Leningradi_Edasi_toimetus, lk 7
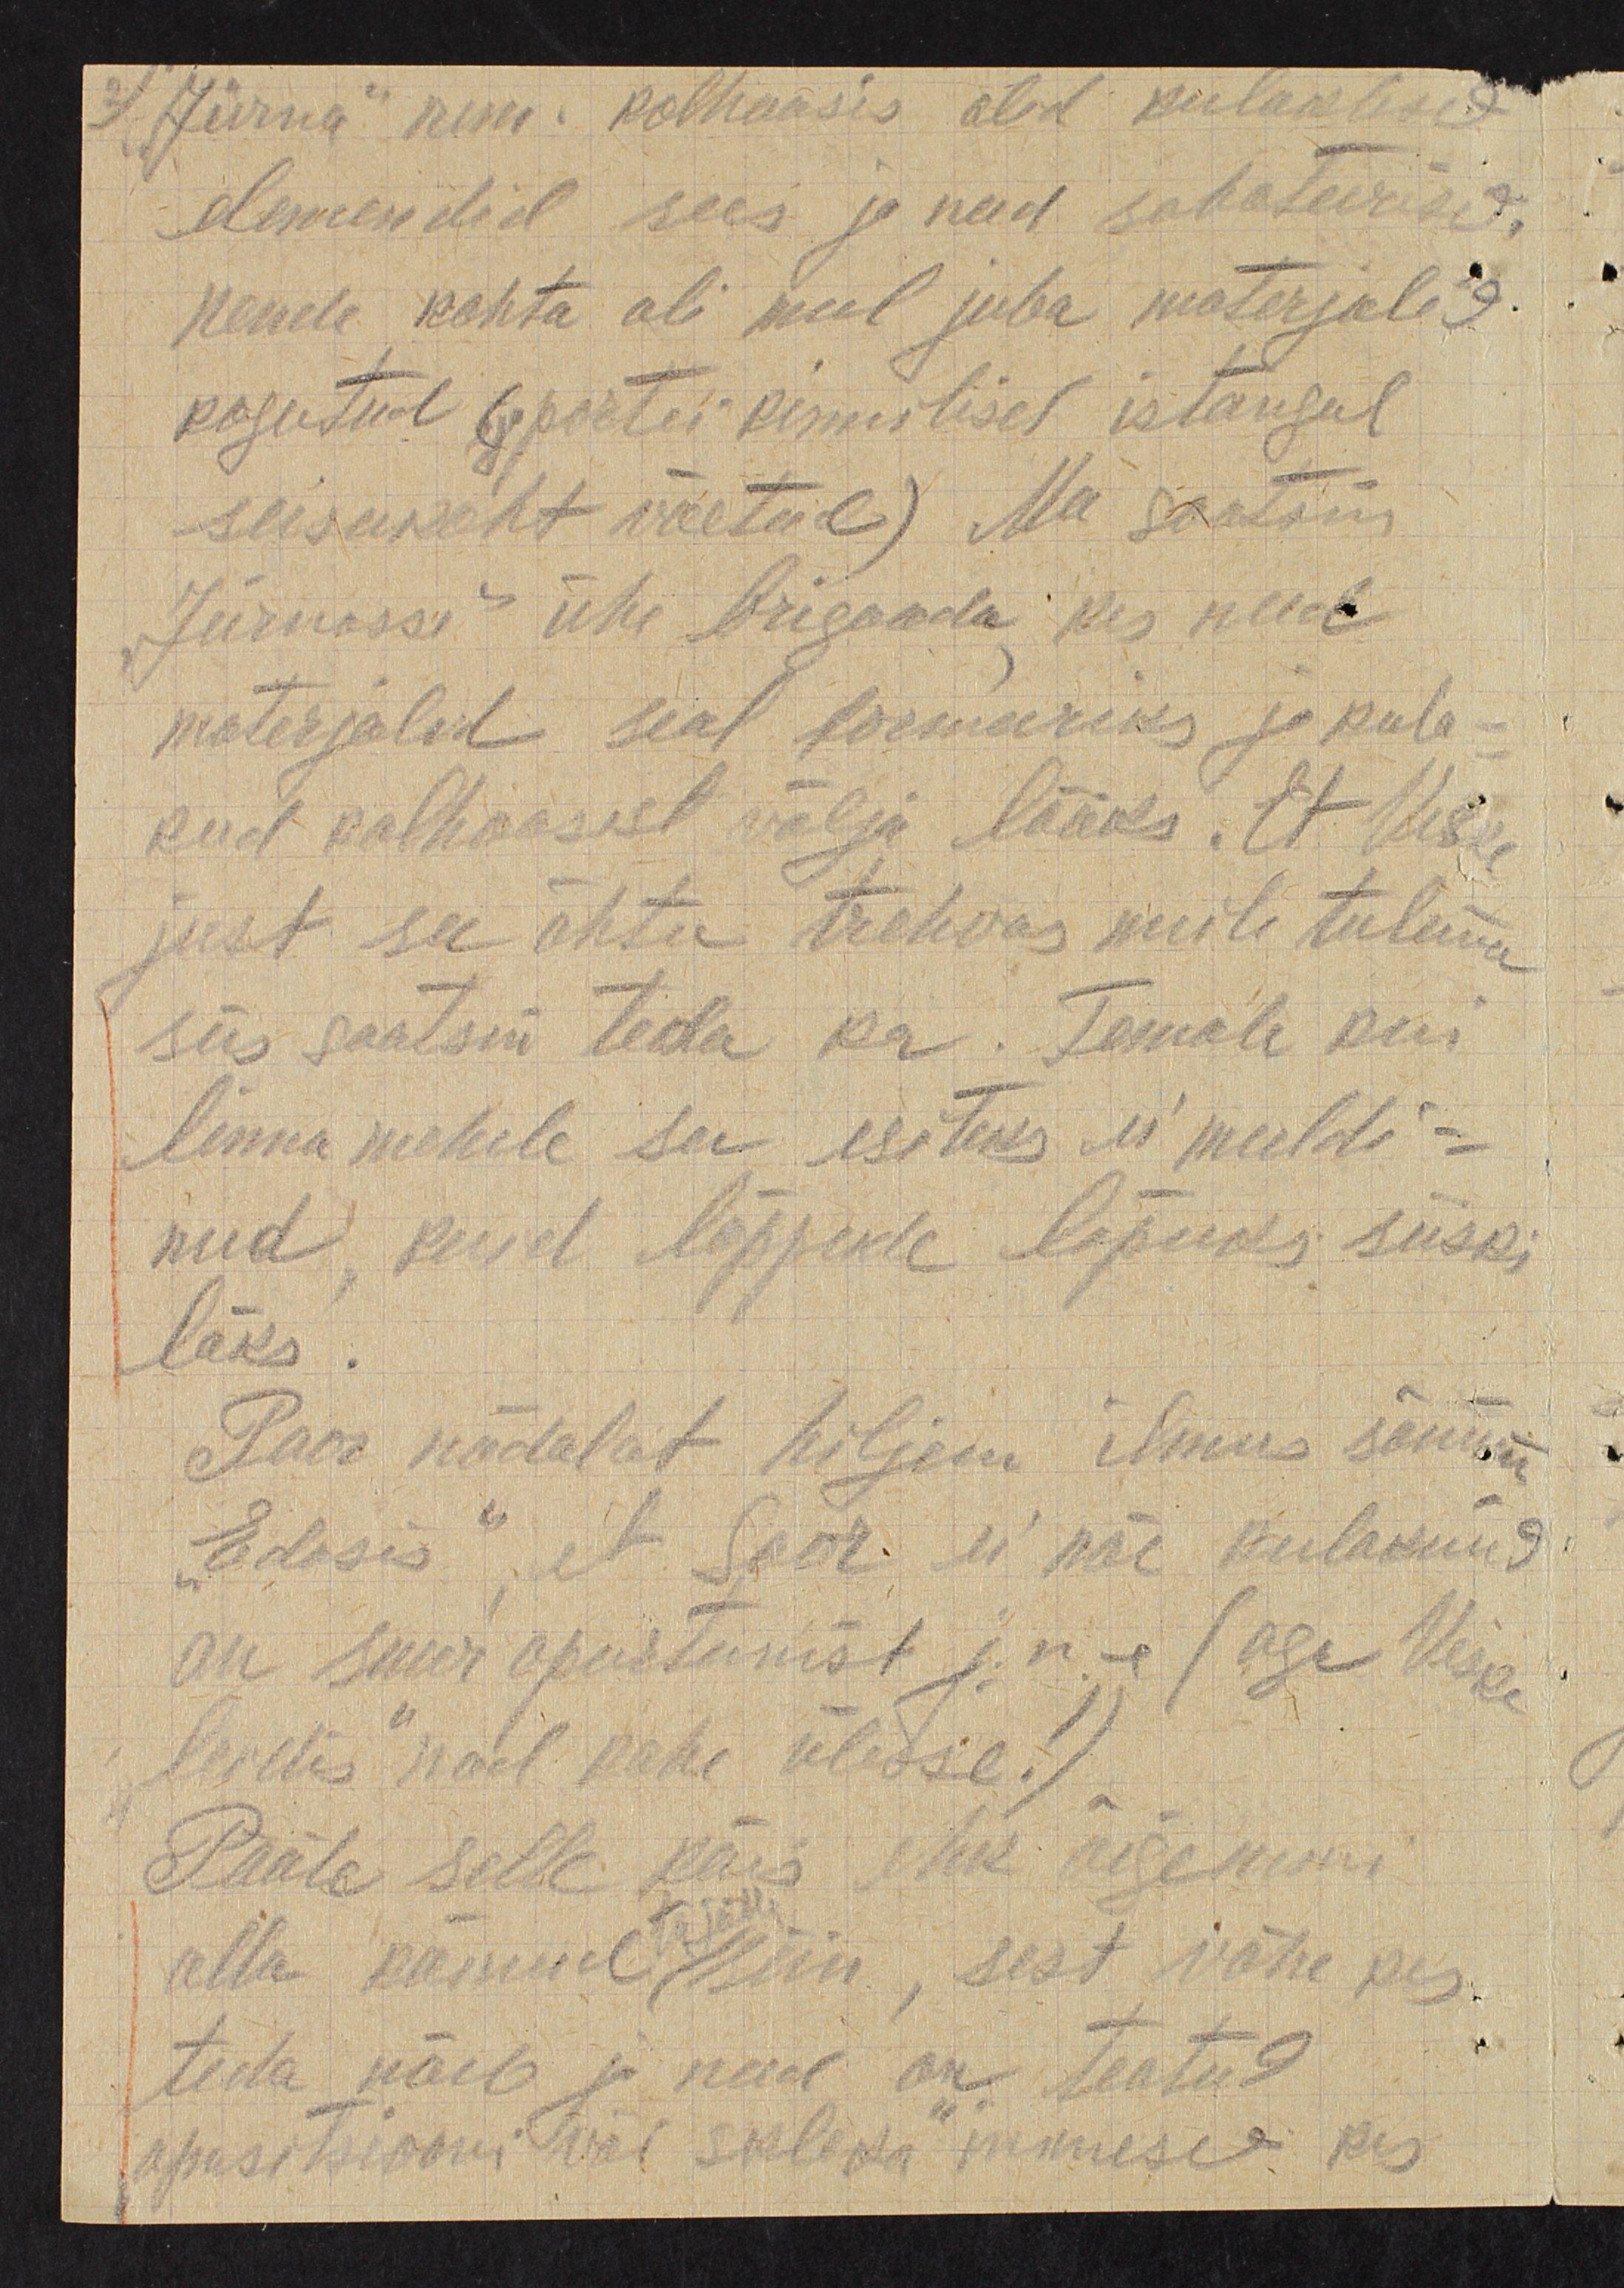
2.) " Jürna" nim. kolhoosis olid kulaklised
elemendid sees ja need saboteerisid
nende kohta oli mul juba materjalid
kogutud (partei kinnisel istungil
seisukoht võetud) Ma saatsin
Jürnasse ühe brigaadi kes need
materjalid seal formeeriks ja kula-
kud kolhoosist välja lööks. Et Veske
just see õhtu trehvas meile tulema
siis saatsin teda ka. Temale kui
linnamehele see esiteks ei meeldi-
nud, kuid lõppede lõpuks siiski
läks.
Paar nädalat hiljem ilmus sõnum
"Edasis", et soor. ei näe kulakuid
on suur opurtumist j.n.e ( aga Veske
leidis nad kohe ülesse!)
Pääle selle käis ehk õigemini
alla käinud siin, sest vähe kes
ta jälle
teda näeb ja need on teatud
opositsiooni wõi saleda inimesed kes